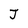
Character: J